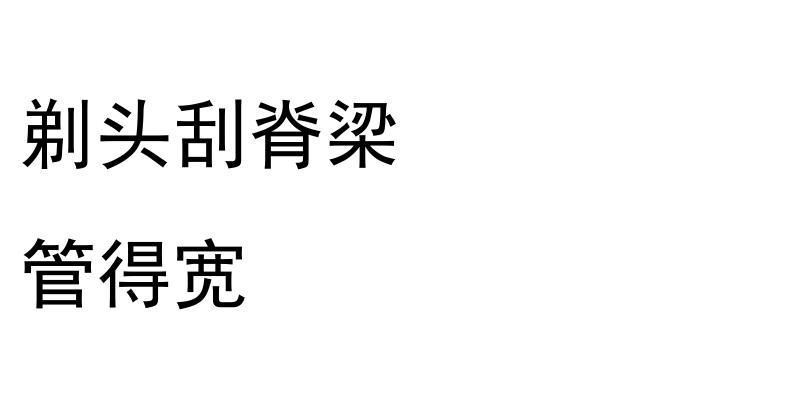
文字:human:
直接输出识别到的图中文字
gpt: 剃头刮脊梁 管得宽